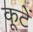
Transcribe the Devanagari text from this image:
कूटें